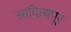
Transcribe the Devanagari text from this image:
आदित्यपूर